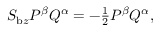
\begin{array} { r } { S _ { \mathrm { b } z } P ^ { \beta } Q ^ { \alpha } = - \frac { 1 } { 2 } P ^ { \beta } Q ^ { \alpha } , } \end{array}